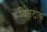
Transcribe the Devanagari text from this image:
बिज़टाक